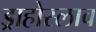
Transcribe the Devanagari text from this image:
ड्राहोस्लाव